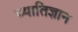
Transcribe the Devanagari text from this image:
व्यातिज्ञान